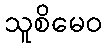
သူစိမေဝ